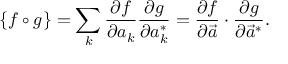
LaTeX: \{ f \circ g \} = \sum _ { k } { \frac { \partial f } { \partial a _ { k } } } { \frac { \partial g } { \partial a _ { k } ^ { * } } } = { \frac { \partial f } { \partial { \vec { a } } } } \cdot { \frac { \partial g } { \partial { \vec { a } } ^ { * } } } .